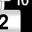
Digit: 2